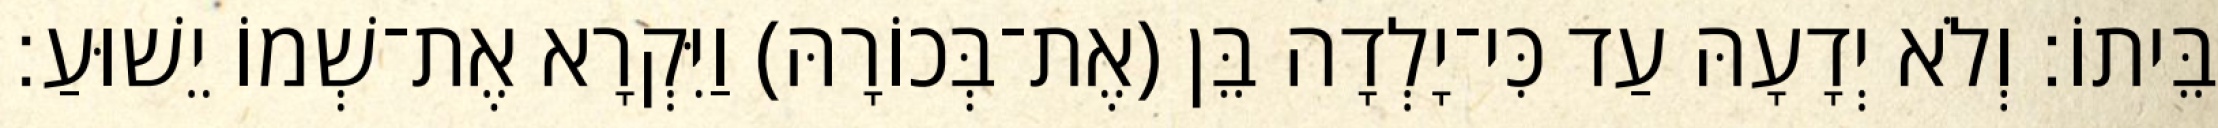
בֵּיתוֹ׃ וְלֹא יְדָעָהּ עַד כִּי־יָלְדָה בֵּן (אֶת־בְּכוֹרָהּ) וַיִּקְרָא אֶת־שְׁמוֹ יֵשׁוּעַ׃